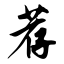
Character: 荐